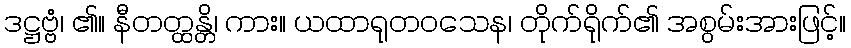
ဒဋ္ဌဗ္ဗံ၊ ၏။ နီတတ္ထန္တိ၊ ကား။ ယထာရုတဝသေန၊ တိုက်ရိုက်၏ အစွမ်းအားဖြင့်။